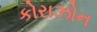
કોરાઝોન